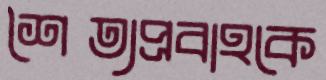
শৈত্যপ্রবাহকে